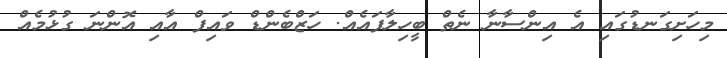
މިހަށިގަނޑުގައި އެ އިންސާނާ ނެތް ބީހިލާފައެއް. ހަޒްބެންޑް ވައިފް އާއި އޮންނަ ގުޅުމެއް